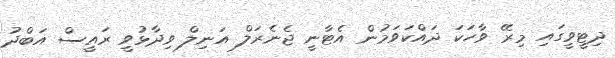
ދިޓީވީގައި މިރޭ ވާހަކަ ދައްކަވަމުން އެޓާނީ ޖެނެރަލް އަނިލް ވިދާޅުވީ ރައީސް އަބްދު